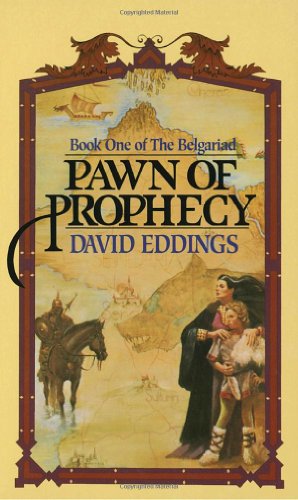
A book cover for Pawn of Prophecy (Belgariad); David Eddings; Science Fiction & Fantasy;